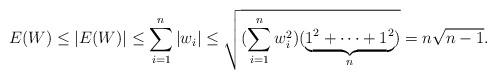
LaTeX: \begin{align*}E(W)\leq |E(W)|\leq \sum_{i=1}^n |w_i|\leq \sqrt{(\sum_{i=1}^n w_i^2)(\underbrace{1^2+\cdots+1^2}_{n})}=n\sqrt{n-1}.\end{align*}